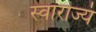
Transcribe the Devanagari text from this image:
स्वाराज्यं